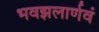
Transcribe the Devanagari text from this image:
भवझलार्णवं